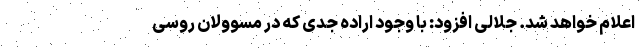
اعلام خواهد شد. جلالی افزود: با وجود اراده جدی که در مسوولان روسی